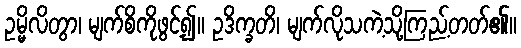
ဥမ္မိလိတွာ၊ မျက်စိကိုဖွင့်၍။ ဥဒိက္ခတိ၊ မျက်လိုသကဲ့သို့ကြည့်တတ်၏။